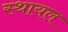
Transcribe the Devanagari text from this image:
स्थायल